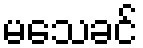
မသေခင်